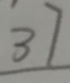
3 7